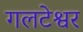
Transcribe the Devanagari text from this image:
गलटेश्वर